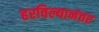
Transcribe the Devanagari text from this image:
हरविल्यानंतर